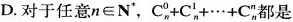
D.对于任意$$n\in N^{*}$$，$$C_{n}^{0}+C_{n}^{1}+\cdots+C_{n}^{n}$$都是